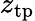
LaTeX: z_{\mathrm{tp}}